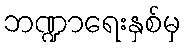
ဘဏ္ဍာရေးနှစ်မှ